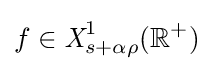
f\in {\textit {X}}_{s+\alpha \rho }^{1}(\mathbb {R} ^{+})